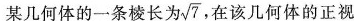
某几何体的一条棱长为 \sqrt{7} ，在该几何体的正视